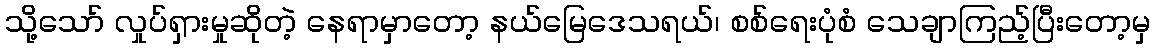
သို့သော် လှုပ်ရှားမှုဆိုတဲ့ နေရာမှာတော့ နယ်မြေဒေသရယ်၊ စစ်ရေးပုံစံ သေချာကြည့်ပြီးတော့မှ